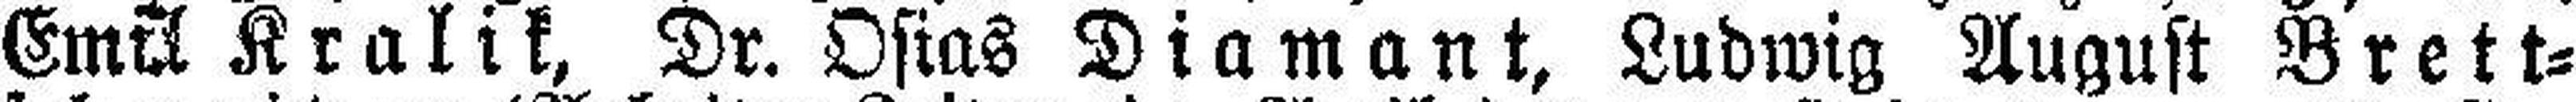
Em### Kralik, Dr. Ostas Diamant, Ludwig August Brett¬